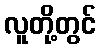
လူတို့တွင်